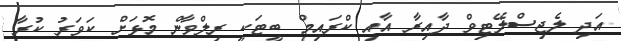
އަދި ލެޖިސްލޭޓިވް ދާއިރާ އާއި ކްރައިމް ބީޓަކީ ރިލްވާން މޮޅަށް ކަވަރު ކުރާ